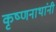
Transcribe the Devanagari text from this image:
कृष्णनाथांनी